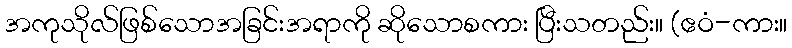
အကုသိုလ်ဖြစ်သောအခြင်းအရာကို ဆိုသောစကား ပြီးသတည်း။ (ဧဝံ-ကား။